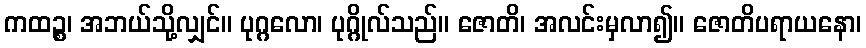
ကထဉ္စ၊ အဘယ်သို့လျှင်။ ပုဂ္ဂလော၊ ပုဂ္ဂိုလ်သည်။ ဇောတိ၊ အလင်းမှလာ၍။ ဇောတိပရာယနော၊